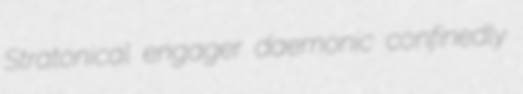
Stratonical engager daemonic confinedly